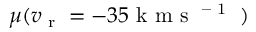
\mu ( v _ { \scriptsize \textrm { r } } = - 3 5 \textrm { k m s \textsuperscript { – 1 } } )